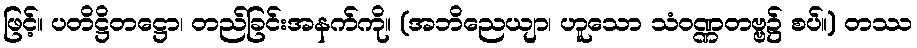
ဖြင့်။ ပတိဋ္ဌိတဋ္ဌော၊ တည်ခြင်းအနက်ကို။ (အဘိညေယျာ၊ ဟူသော သံဝဏ္ဏတဗ္ဗ၌ စပ်။) တဿ